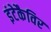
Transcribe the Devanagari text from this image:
इंटेकैविर